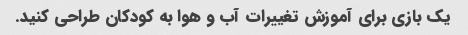
یک بازی برای آموزش تغییرات آب و هوا به کودکان طراحی کنید.